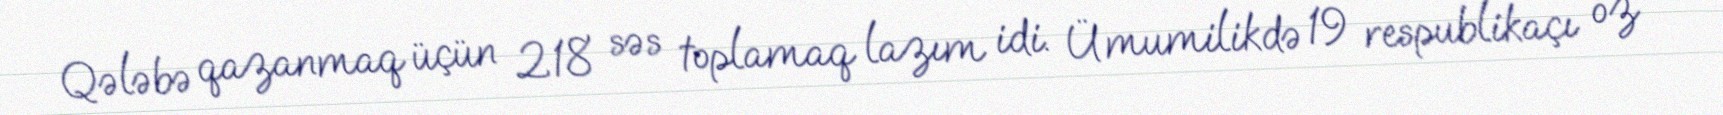
Qələbə qazanmaq üçün 218 səs toplamaq lazım idi. Ümumilikdə 19 respublikaçı öz